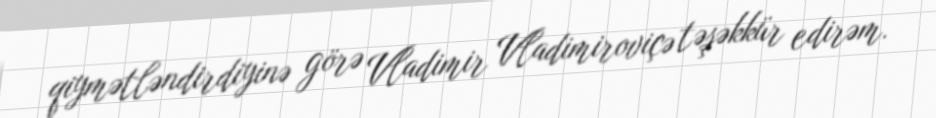
qiymətləndirdiyinə görə Vladimir Vladimiroviçə təşəkkür edirəm.